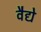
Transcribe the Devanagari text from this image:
वैद्ये